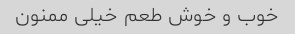
خوب و خوش طعم خیلی ممنون